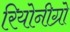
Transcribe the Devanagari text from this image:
रियोनीग्रो